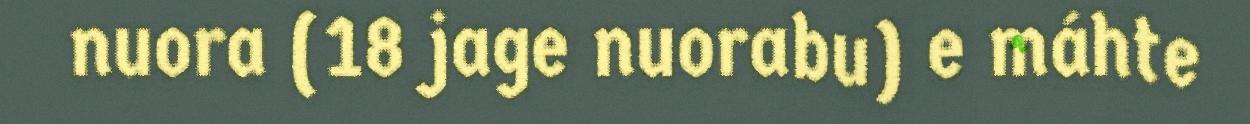
nuora (18 jage nuorabu) e máhte